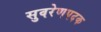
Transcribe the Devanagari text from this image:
सुवरेणपदक